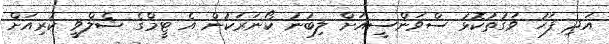
އަދި ފަހު ވަގުތުކޮޅު ސްވަންސީއަށް ލިބުނު ކޯނަރަކުން އެ ޓީމްގެ ޝެލްވީ ކުރިއަށް